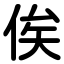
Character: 俟